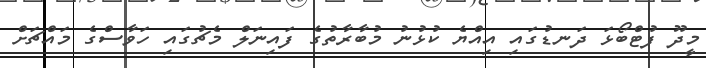
މީދޫ ފުޓްބޯޅަ ދަނޑުގައި އިއްޔެ ކުޅުނު މުބާރާތުގެ ފައިނަލް މެޗުގައި ހަވާސްގެ މައްޗަށް